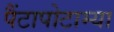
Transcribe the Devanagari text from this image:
पैंटापोटाम्या